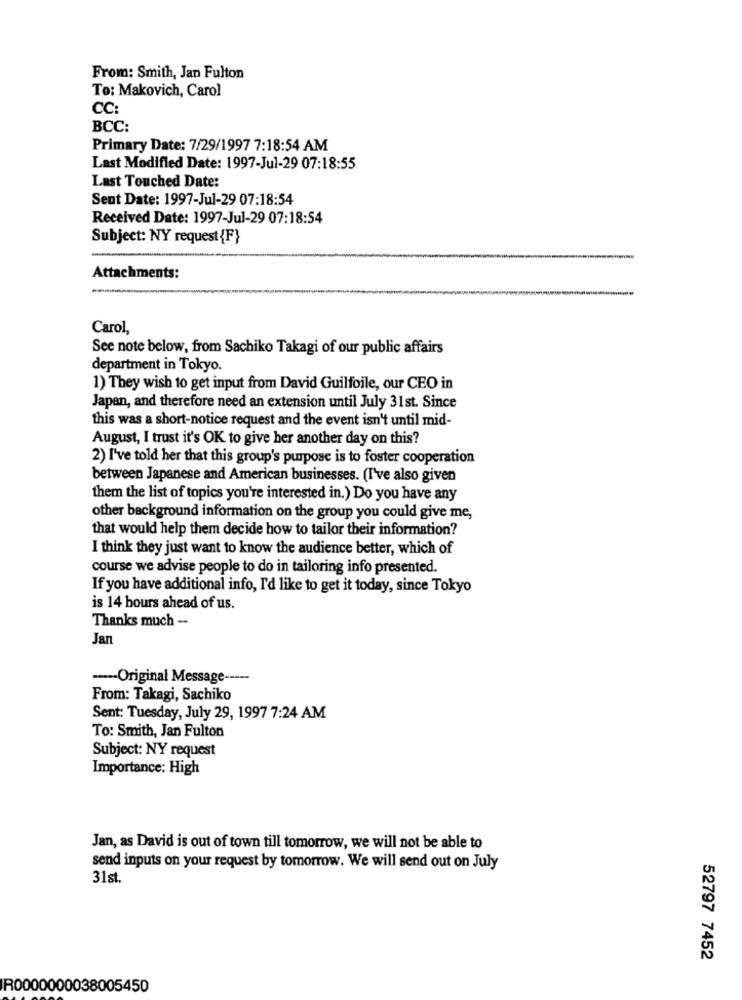
From: Smith, Jan Fulton
To: Makovich, Carol
CC:
BCC:
Primary Date: 7/29/1997 7:18:54 AM
Last Modified Date: 1997-Jul-29 07:18:55
Last Touched Date:
Sent Date: 1997-Jul-29 07:18:54
Received Date: 1997-Jul-29 07:18:54
Subject: NY request {F}
Attachments:
Carol,
See note below, from Sachiko Takagi of our public affairs
department in Tokyo.
1) They wish to get input from David Guilfoile, our CEO in
Japan, and therefore need an extension until July 31st. Since
this was a short-notice request and the event isn't until mid-
August, I trust it's OK to give her another day on this?
2) I've told her that this group's purpose is to foster cooperation
between Japanese and American businesses. (I've also given
them the list of topics you're interested in.) Do you have any
other background information on the group you could give me,
that would help them decide how to tailor their information?
I think they just want to know the audience better, which of
course we advise people to do in tailoring info presented.
If you have additional info, I'd like to get it today, since Tokyo
is 14 hours ahead of us.
Thanks much --
Jan
---- Original Message -----
From: Takagi, Sachiko
Sent: Tuesday, July 29, 1997 7:24 AM
To: Smith, Jan Fulton
Subject: NY request
Importance: High
Jan, as David is out of town till tomorrow, we will not be able to
send inputs on your request by tomorrow. We will send out on July
31st.
52797 7452
R0000000038005450